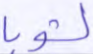
لشوبا